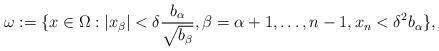
LaTeX: \begin{align*}\omega := \{x \in \Omega: |x_\beta| < \delta \frac{b_\alpha}{\sqrt{b_\beta}}, \beta = \alpha + 1, \ldots, n-1, x_n < \delta^2 b_\alpha\},\end{align*}